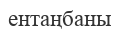
ентаңбаны